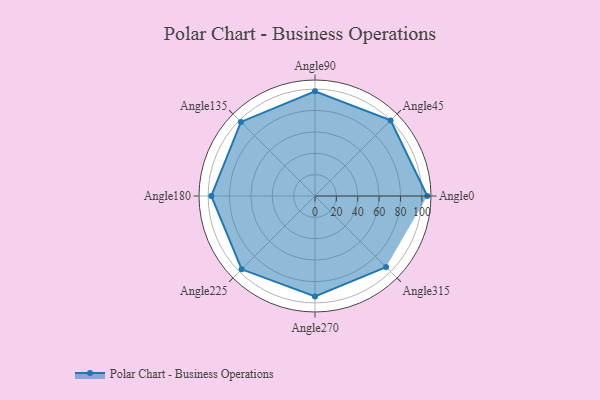
{"axis": {"x": "Angle", "y": "Radius"}, "legend": [""], "data": [{"x": "Angle0", "y": 105.0, "type": ""}, {"x": "Angle45", "y": 100.0, "type": ""}, {"x": "Angle90", "y": 98.0, "type": ""}, {"x": "Angle135", "y": 98.0, "type": ""}, {"x": "Angle180", "y": 97.0, "type": ""}, {"x": "Angle225", "y": 97.0, "type": ""}, {"x": "Angle270", "y": 94.0, "type": ""}, {"x": "Angle315", "y": 94.0, "type": ""}]}